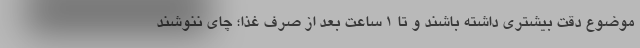
موضوع دقت بیشتری داشته باشند و تا ۱ ساعت بعد از صرف غذا؛ چای ننوشند